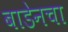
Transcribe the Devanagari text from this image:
बाडेनचा